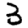
Digit: 3